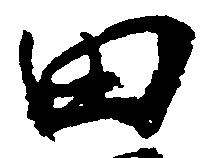
田